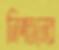
নিপতনের